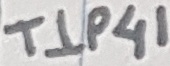
Text: TIP41